General report no. 6 on the lunatic asylums, vaccination and dispensaries in the Bengal Presidency, 1873 -
Year: 1873
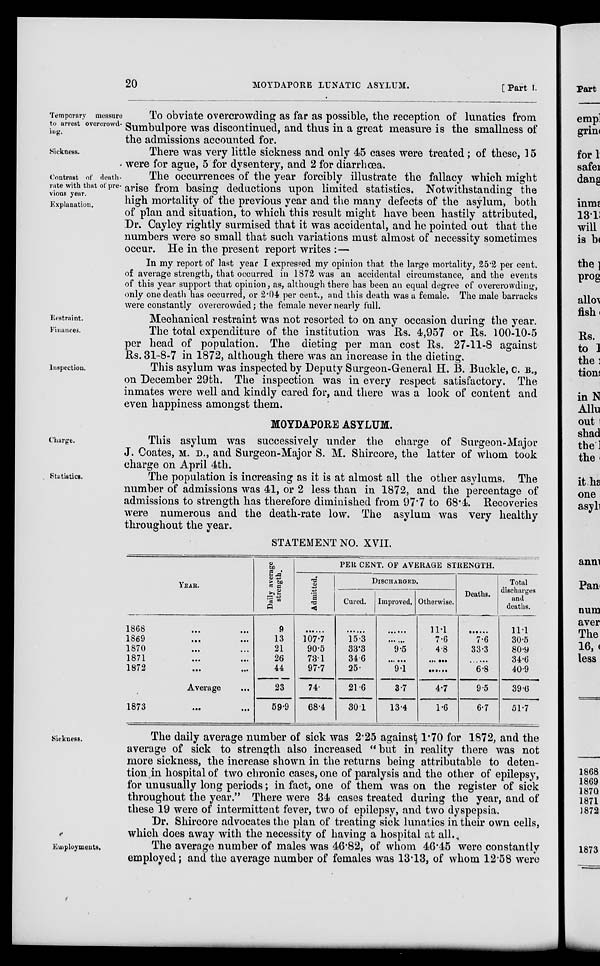
20
MOYDAPORE LUNATIC ASYLUM.
[ Part I.
Temporary measure
to arrest overcrowd-
ing.
To obviate overcrowding as far as possible, the reception of lunatics from
Sumbulpore was discontinued, and thus in a great measure is the smallness of
the admissions accounted for.
Sickness.
There was very little sickness and only 45 cases were treated ; of these, 15
were for ague, 5 for dysentery, and 2 for diarrhœa.
Contrast of death-
rate with that of pre-
vious year.
Explanation.
The occurrences of the year forcibly illustrate the fallacy which might
arise from basing deductions upon limited statistics. Notwithstanding the
high mortality of the previous year and the many defects of the asylum, both
of plan and situation, to which this result might have been hastily attributed,
Dr. Cayley rightly surmised that it was accidental, and he pointed out that the
numbers were so small that such variations must almost of necessity sometimes
occur. He in the present report writes :—
In my report of last year I expressed my opinion that the large mortality, 25.2 per cent.
of average strength, that occurred in 1872 was an accidental circumstance, and the events
of this year support that opinion, as, although there has been an equal degree of overcrowding,
only one death has occurred, or 2.04 per cent., and this death was a female. The male barracks
were constantly overcrowded ; the female never nearly full.
Restraint.
Mechanical restraint was not resorted to on any occasion during: the year.
Finances.
The total expenditure of the institution was Rs. 4,957 or Rs. 100-10-5
per head of population. The dieting per man cost Rs. 27-11-8 against
Rs. 31-8-7 in 1872, although there was an increase in the dieting.
Inspection.
This asylum was inspected by Deputy Surgeon-General H. B. Buckle, C. B.,
on December 29th. The inspection was in every respect satisfactory. The
inmates were well and kindly cared for, and there was a look of content and
even happiness amongst them.
MOYDAPORE ASYLUM.
Charge.
This asylum was successively under the charge of Surgeon-Major
J. Coates, M. D., and Surgeon-Major S. M. Shircore, the latter of whom took
charge on April 4th.
Statistics.
The population is increasing as it is at almost all the other asylums. The
number of admissions was 41, or 2 less than in 1872, and the percentage of
admissions to strength has therefore diminished from 97.7 to 68.4. Recoveries
were numerous and the death-rate low. The asylum was very healthy
throughout the year.
STATEMENT NO. XVII.
YEAR.
1868 ... ...
1869 ... ...
1870 ... ...
1871 ... ...
1872
...
...
Average ...
1873
...
...
Daily average
strength.
9
13
21
26
44
23
59.9
PER CENT. OF AVERAGE STRENGTH.
Admitted.
......
107.7
90.5
73.1
97.7
74.
68.4
DISCHARGED.
Cured.
......
15.3
33.3
34.6
25.
21.6
30.1
Improved.
......
......
9.5
......
9.1
3.7
13.4
Otherwise.
11.1
7.6
4.8
......
......
4.7
1.6
Deaths.
......
7.6
33.3
......
6.8
9.5
6.7
Total
discharges
and
deaths.
11.1
30.5
80.9
34.6
40.9
39.6
51.7
Sickness.
The daily average number of sick was 2.25 against 1.70 for 1872, and the
average of sick to strength also increased "but in reality there was not
more sickness, the increase shown in the returns being attributable to deten-
tion in hospital of two chronic cases, one of paralysis and the other of epilepsy,
for unusually long periods; in fact, one of them was on the register of sick
throughout the year." There were 34 cases treated during the year, and of
these 19 were of intermittent fever, two of epilepsy, and two dyspepsia.
Dr. Shircore advocates the plan of treating sick lunatics in their own cells,
which does away with the necessity of having a hospital at all.
Employments.
The average number of males was 46.82, of whom 46.45 were constantly
employed; and the average number of females was 13.13, of whom 12.58 were